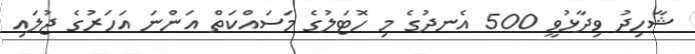
ޝާހިދު ވިދާޅުވީ 500 އެނދުގެ މި ހޮޓަލުގެ މަސައްކަތް އަންނަ އަހަރުގެ ޖުލައި